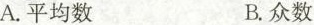
()A.平均数 B.众数